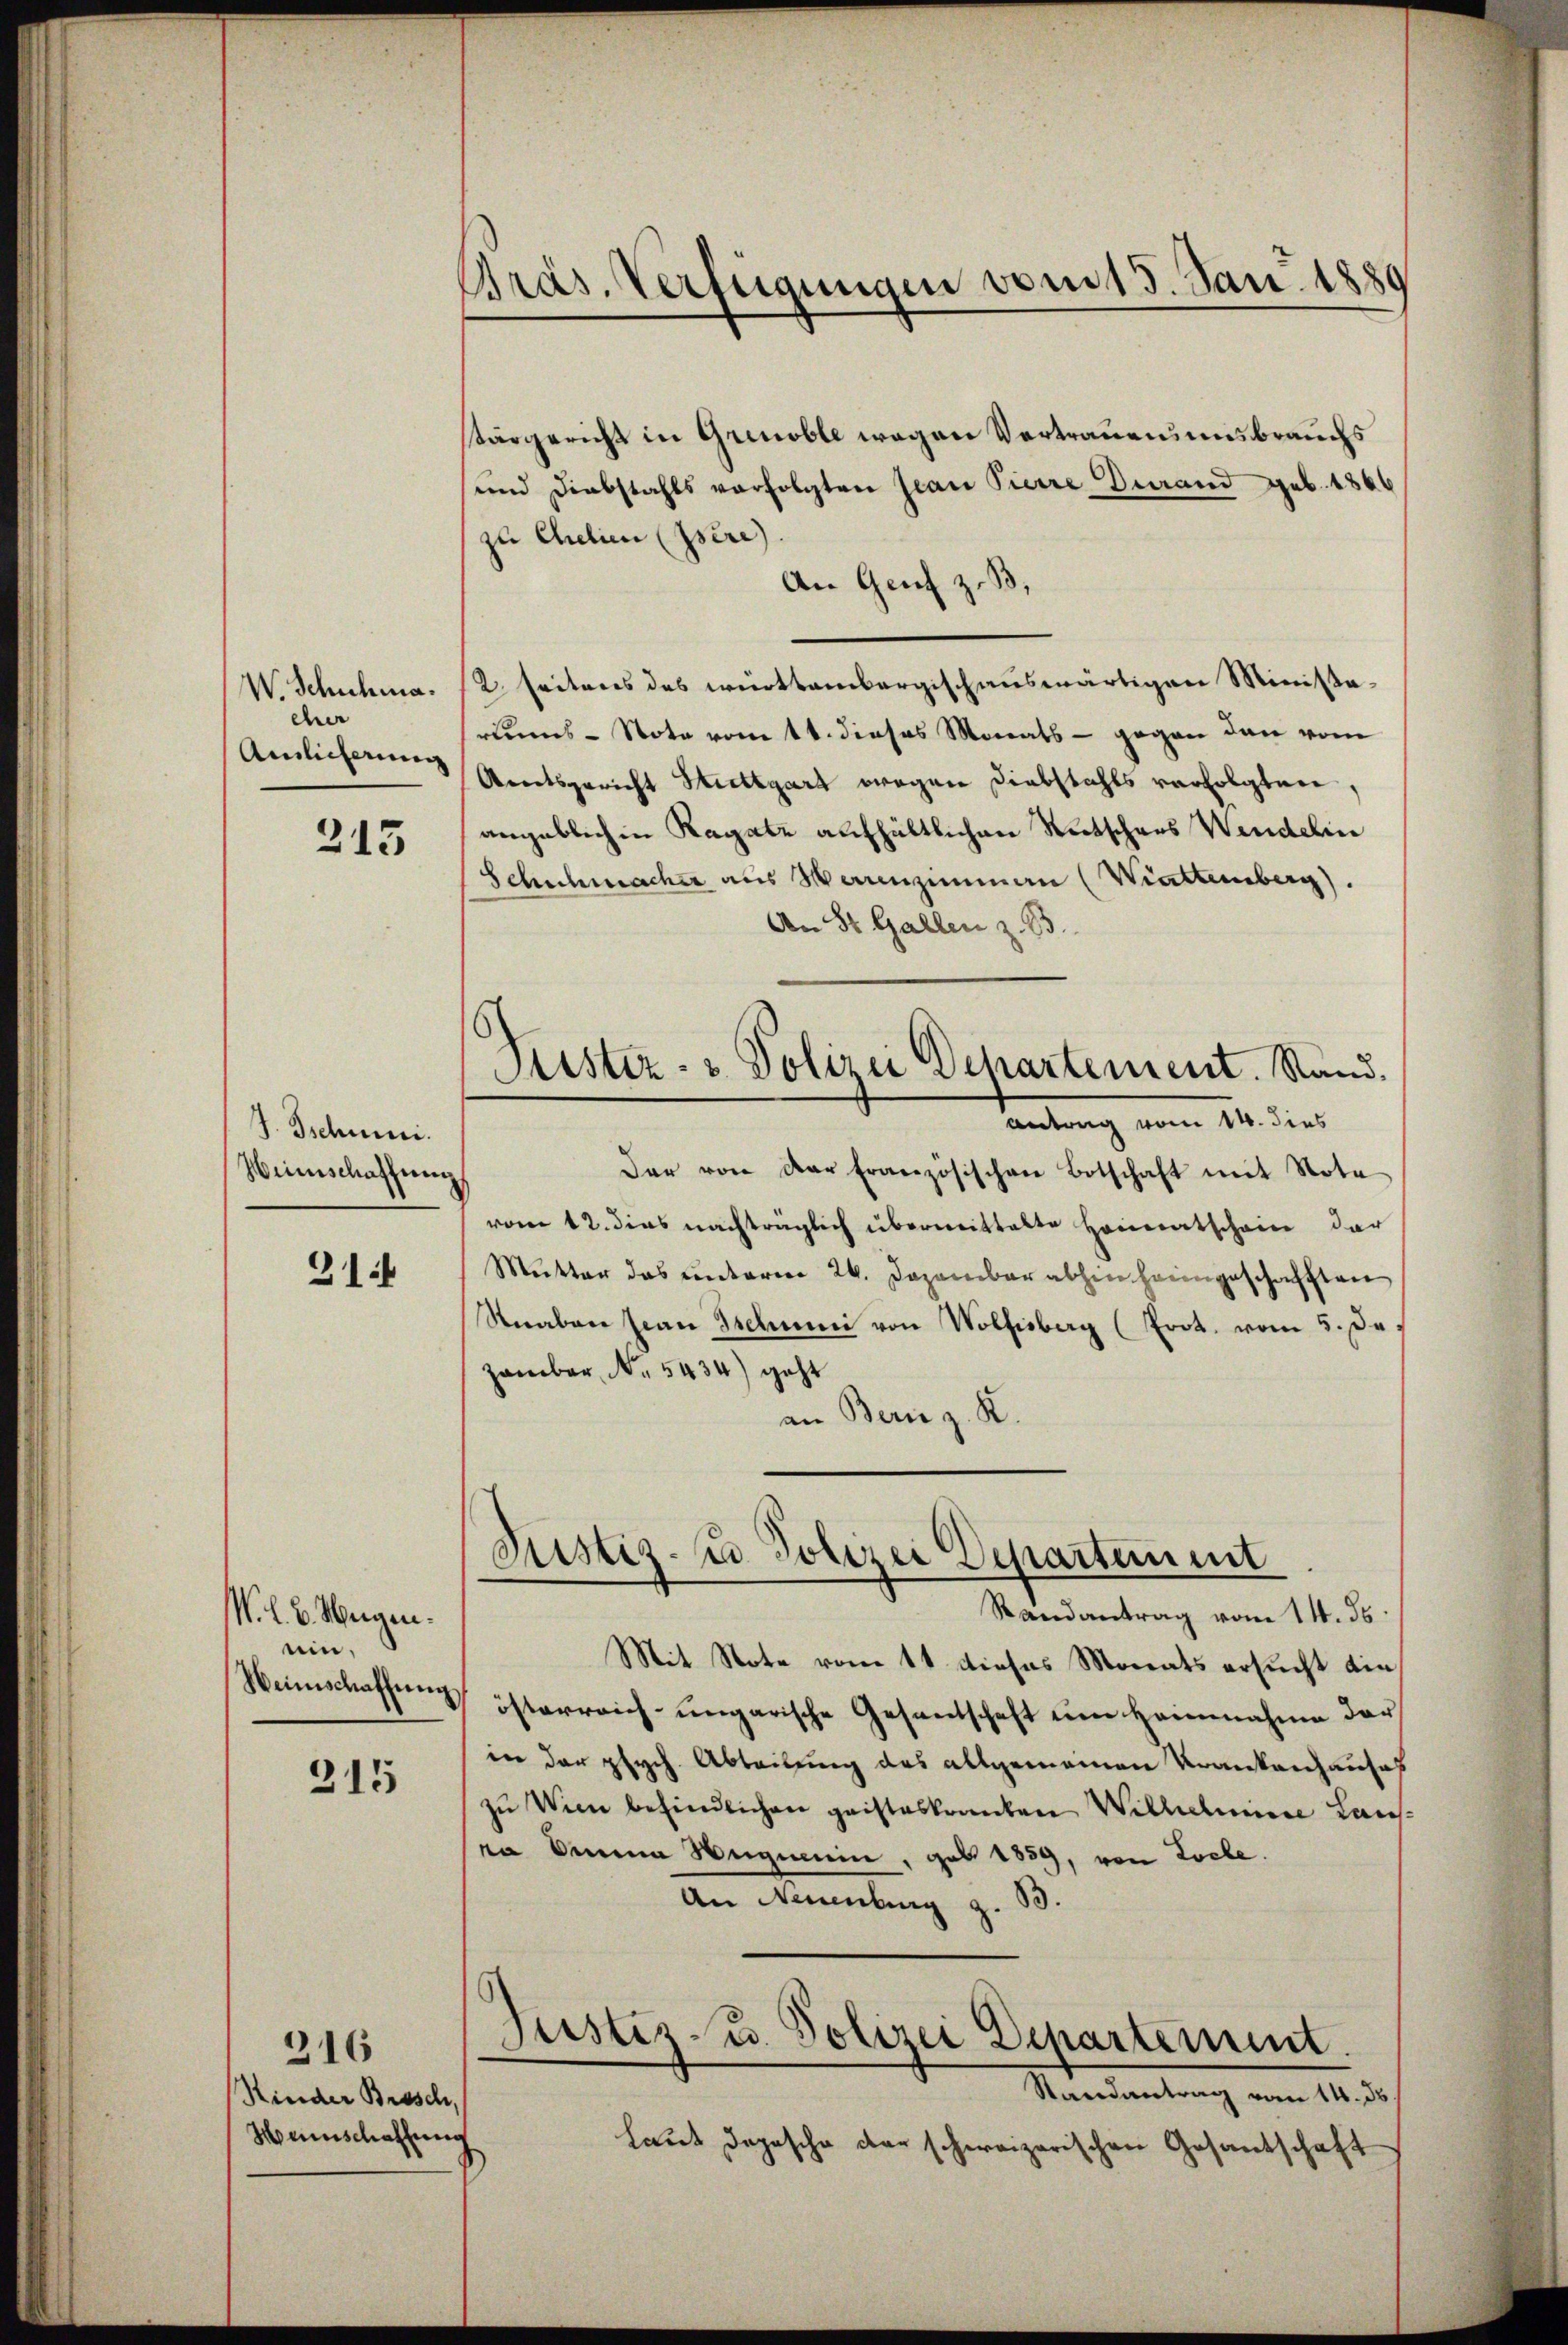
W. Schuhma.
eher
Ainlicherung

315

J. Tschun
Weinschaffung

31

N. l. B. Weigen.
ein,
Weinschaffŭng

215

Rinder Brosch,
Weinschaffung

316

Präs. Verfügungen vom 15. Jan. 1889

tärgericht in Grenoble wegen Vertrauensmisbrauchs
und Diebstahls verfolgten Jean Pierre Durand geb. 1866
zu Chalien (Pere).
An Genf z. B.
2. Seitens des württembergisch auswärtigen Ministariums-Note vom 14. dieses Monats - gegen dann vom
Amtsgericht Stuttgart wegen Diebstahls verfolgten
angeblich in Ragatz aufhältlichen Retschers Wendelin
Schuhmacher aus Morenzimmen (Wattemberg).
An St. Gallen z. B.
Der von der französischen Botschaft mit Nota
vom 12. dies nachträglich übermittalte Heimatschein dar
Mutter das unterm 24. Dezember abhenheimgeschafften
Knaben Jean Tschunii von Wolfisberg (Prot. vom 5. de
zember, No. 5434) geht
an Bern z. K.
Justiz- & Polizei Departement
Randantrag vom 14. ds.
Mit Note vom 11. dieses Monats ersucht die
österreich-ungarische Gesantschaft um Heinnahme der
in der psych. Abteilung des allgemeinen Krankenhauses
zu Wien befindlichen geisteskranken Wilhelmine Laus¬
 dimina Hegnerin, geb. 1859, von Loche.
An Neuenburg z. B.
Justiz u. Polizei Departement.
Mandantung von 12. d.
Laut dopische der schweizerischen Gesantschaft

Piester- & Polizei Departement. Stand,
Antrag vom 14. dies